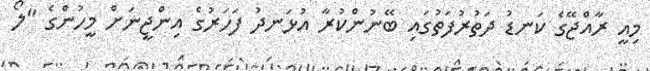
މިއީ ރާއްޖޭގެ ކަނޑު ދަތުރުފަތުގައި ބޭނުންކުރާ އުޅަނދު ފަހަރުގެ އިންޖީނަށް މީހުންގެ "ލޯ